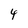
Character: 4